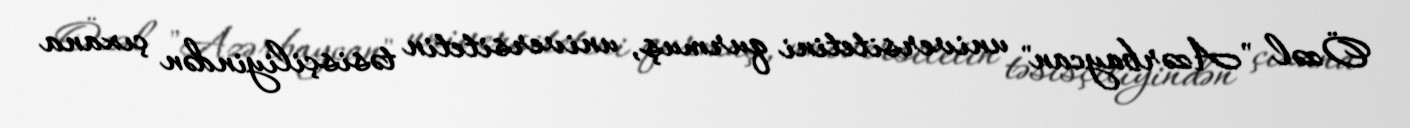
Özəl "Azərbaycan" universitetini qurmuş, universitetin təsisçiliyindən çıxana